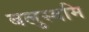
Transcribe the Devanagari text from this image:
बलुस्वमि